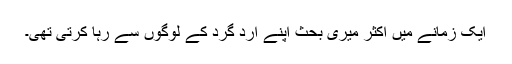
ایک زمانے میں اکثر میری بحث اپنے ارد گرد کے لوگوں سے رہا کرتی تھی۔